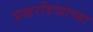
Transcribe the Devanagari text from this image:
प्रखरदिव्यांच्या